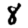
Digit: 8